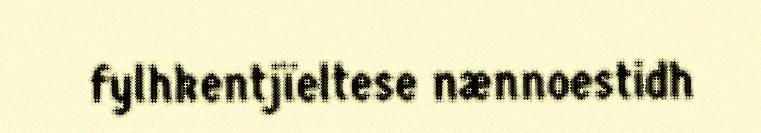
fylhkentjïeltese nænnoestidh